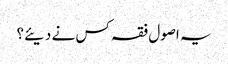
یہ اصول فقہ کس نے دیئے؟